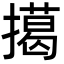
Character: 擖